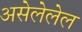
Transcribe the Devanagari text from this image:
असेलेलेल